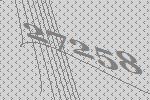
27258